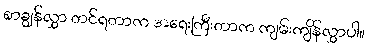
စာချွန်လွှာ တင်ရတာက အရေးကြီးတာက ကျမ်းကျိန်လွှာပါ။